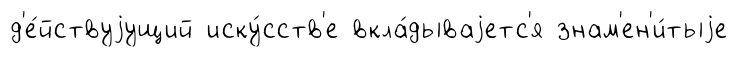
д'е́йствуjущий иску́сств'е вкла́дываjетс'я знам'ен'и́тыjе